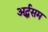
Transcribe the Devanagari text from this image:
अर्द्धसम